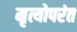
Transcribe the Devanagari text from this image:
मृत्योपरंत